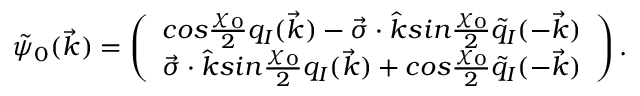
\tilde { \psi } _ { 0 } ( \vec { k } ) = \left( \begin{array} { c } { { c o s \frac { \chi _ { 0 } } { 2 } q _ { I } ( \vec { k } ) - \vec { \sigma } \cdot \hat { k } s i n \frac { \chi _ { 0 } } { 2 } \tilde { q } _ { I } ( - \vec { k } ) } } \\ { { \vec { \sigma } \cdot \hat { k } s i n \frac { \chi _ { 0 } } { 2 } q _ { I } ( \vec { k } ) + c o s \frac { \chi _ { 0 } } { 2 } \tilde { q } _ { I } ( - \vec { k } ) } } \end{array} \right) .